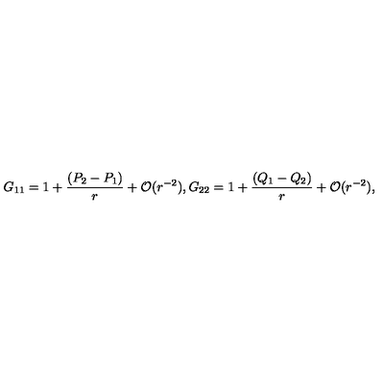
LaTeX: G _ { 1 1 } = 1 + { \frac { ( P _ { 2 } - P _ { 1 } ) } { r } } + { \cal O } ( r ^ { - 2 } ) , G _ { 2 2 } = 1 + { \frac { ( Q _ { 1 } - Q _ { 2 } ) } { r } } + { \cal O } ( r ^ { - 2 } ) ,